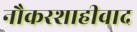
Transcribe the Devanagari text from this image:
नौकरशाहीवाद